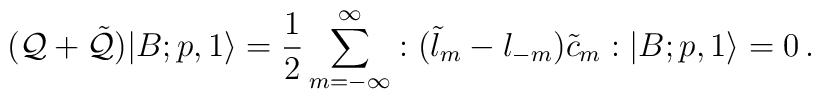
({\cal Q}+\tilde{\cal Q})|B;p,1\rangle=\frac{1}{2}\sum_{m=-\infty}^{\infty}:(\tilde{l}_m-{l}_{-m})\tilde{c}_m:|B;p,1\rangle =0\, .